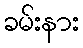
ခမ်းနား